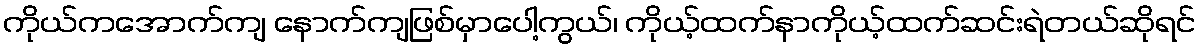
ကိုယ်ကအောက်ကျ နောက်ကျဖြစ်မှာပေါ့ကွယ်၊ ကိုယ့်ထက်နာကိုယ့်ထက်ဆင်းရဲတယ်ဆိုရင်